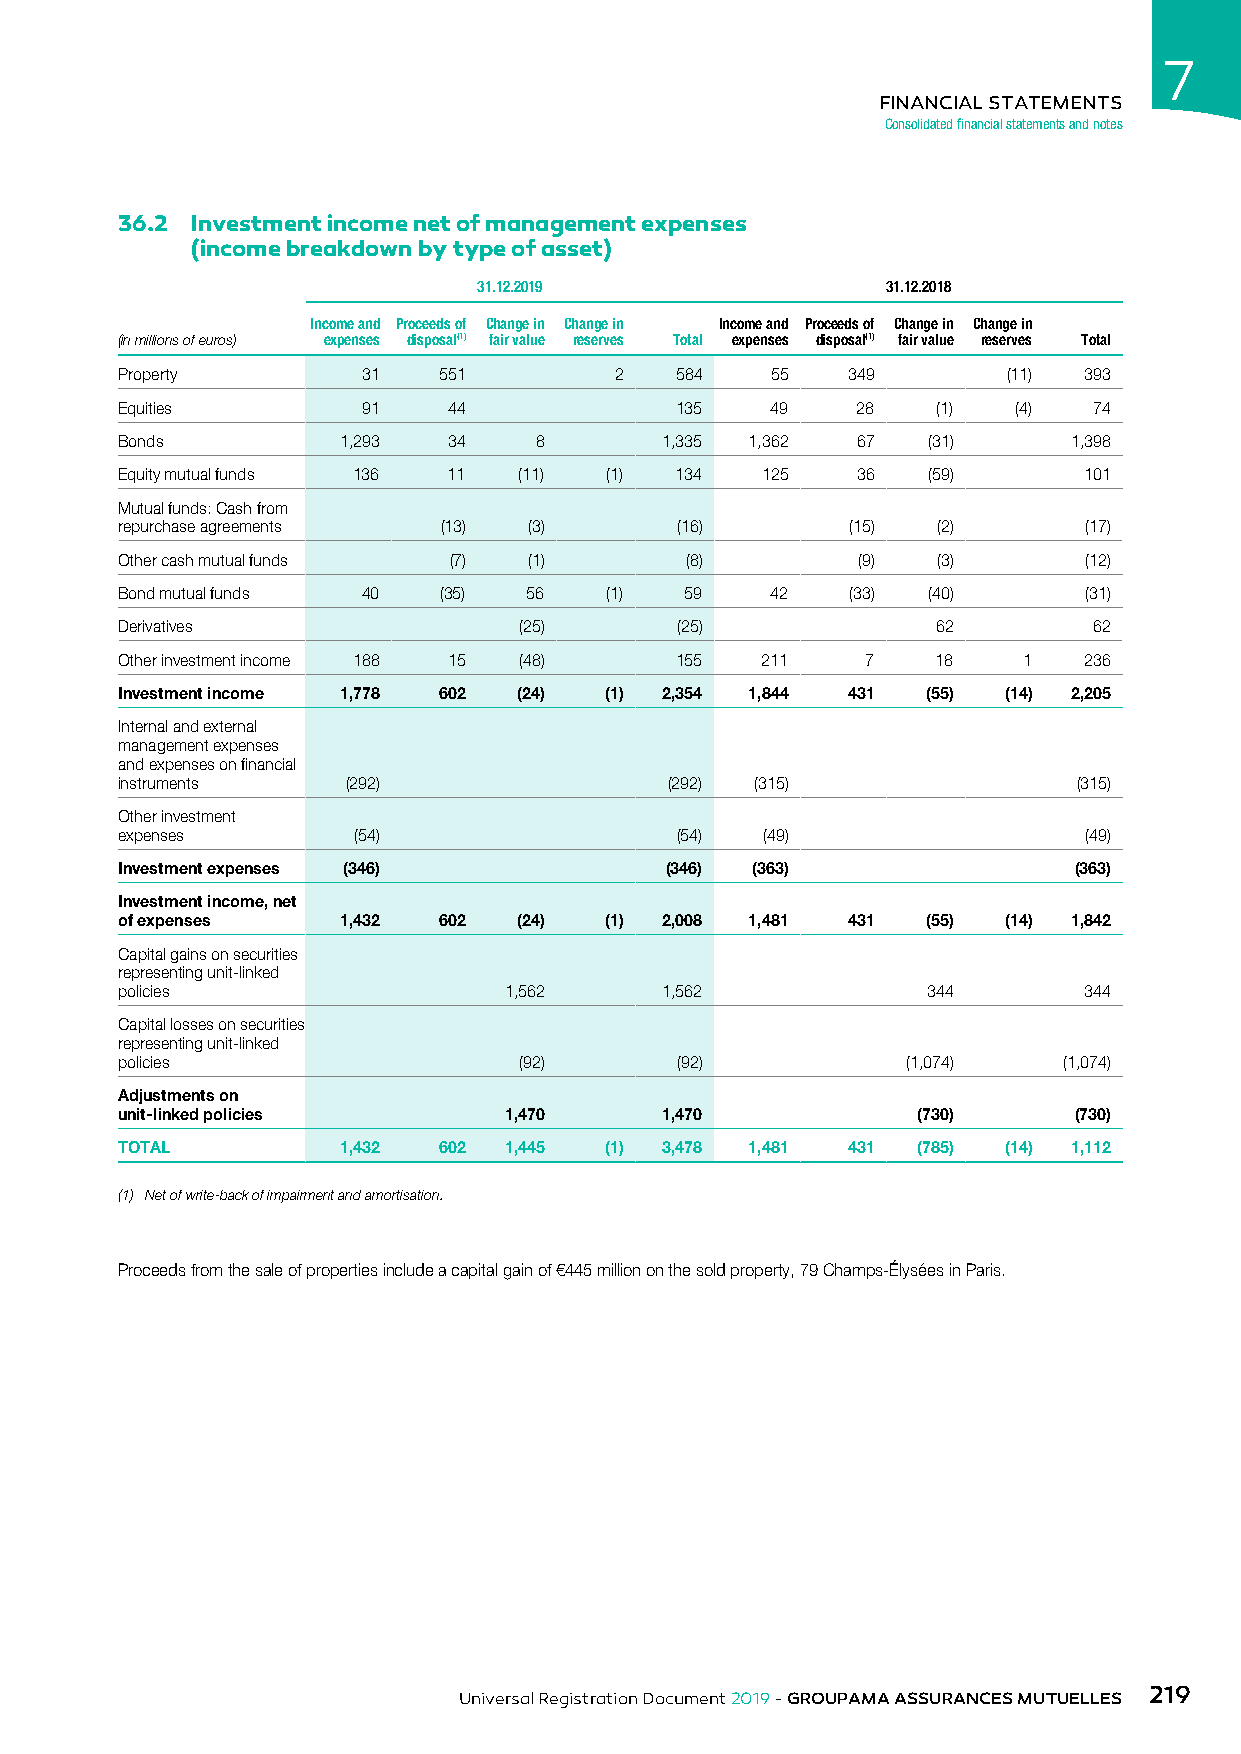
7
 FINANCIAL STATEMENTS
 Consolidated financial statements and notes
 36.2 Investment income net of management expenses
 (income breakdown by type of asset)
 31.12.2019                 31.12.2018
 Income and Proceeds of Change in Change in Income and Proceeds of Change in Change in
 (in millions of euros) expenses disposal(1) fair value reserves Total expenses disposal(1) fair value reserves Total
 Property        31   551         2   584   55   349        (11) 393
 Equities        91    44             135   49    28   (1)  (4)  74
 Bonds         1,293   34   8        1,335 1,362  67  (31)      1,398
 Equity mutual funds 136 11 (11) (1)  134  125    36  (59)       101
 Mutual funds: Cash from
 repurchase agreements (13) (3)       (16)       (15)  (2)       (17)
 Other cash mutual funds (7) (1)      (8)         (9)  (3)       (12)
 Bond mutual funds 40 (35)  56   (1)  59    42   (33) (40)       (31)
 Derivatives               (25)       (25)             62        62
 Other investment income 188 15 (48)  155  211    7    18    1   236
 Investment income 1,778 602 (24) (1) 2,354 1,844 431 (55) (14) 2,205
 Internal and external
 management expenses
 and expenses on financial
 instruments    (292)                (292) (315)                (315)
 Other investment
 expenses       (54)                  (54) (49)                  (49)
 Investment expenses (346)           (346) (363)                (363)
 Investment income, net
 of expenses   1,432  602  (24)  (1) 2,008 1,481 431  (55) (14) 1,842
 Capital gains on securities
 representing unit-linked
 policies                 1,562      1,562            344        344
 Capital losses on securities
 representing unit-linked
 policies                  (92)       (92)           (1,074)   (1,074)
 Adjustments on
 unit-linked policies     1,470      1,470            (730)     (730)
 TOTAL         1,432  602 1,445  (1) 3,478 1,481 431  (785) (14) 1,112
 (1) Net of write-back of impairment and amortisation.
 Proceeds from the sale of properties include a capital gain of €445 million on the sold property, 79 Champs-Élysées in Paris.
 219
 Universal Registration Document 2019 - GROUPAMA ASSURANCES MUTUELLES